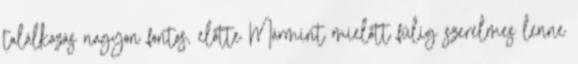
találkozás nagyon fontos, előtte Mármint mielőtt fülig szerelmes lenne